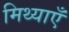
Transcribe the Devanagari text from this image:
मिथ्याएँ